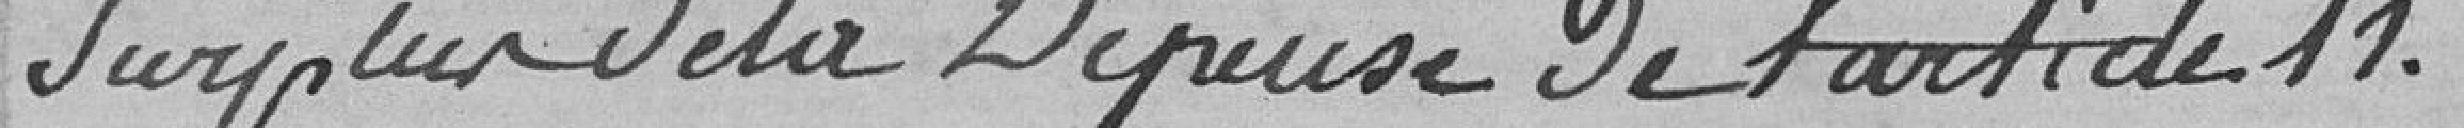
surplus de la dépense de l'article 11.